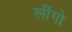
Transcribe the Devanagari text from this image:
लींगो